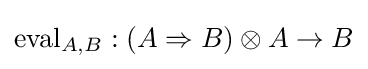
\mathrm {eval} _{A,B}:(A\Rightarrow B)\otimes A\to B